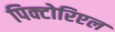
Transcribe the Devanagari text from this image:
पिक्टोरिएल